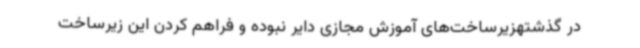
در گذشتهزیرساخت‌های آموزش مجازی دایر نبوده و فراهم کردن این زیرساخت